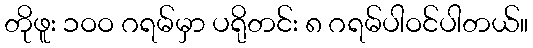
တိုဖူး ၁ဝဝ ဂရမ်မှာ ပရိုတင်း ၈ ဂရမ်ပါဝင်ပါတယ်။